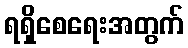
ရရှိစေရေးအတွက်